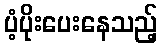
ပံ့ပိုးပေးနေသည့်